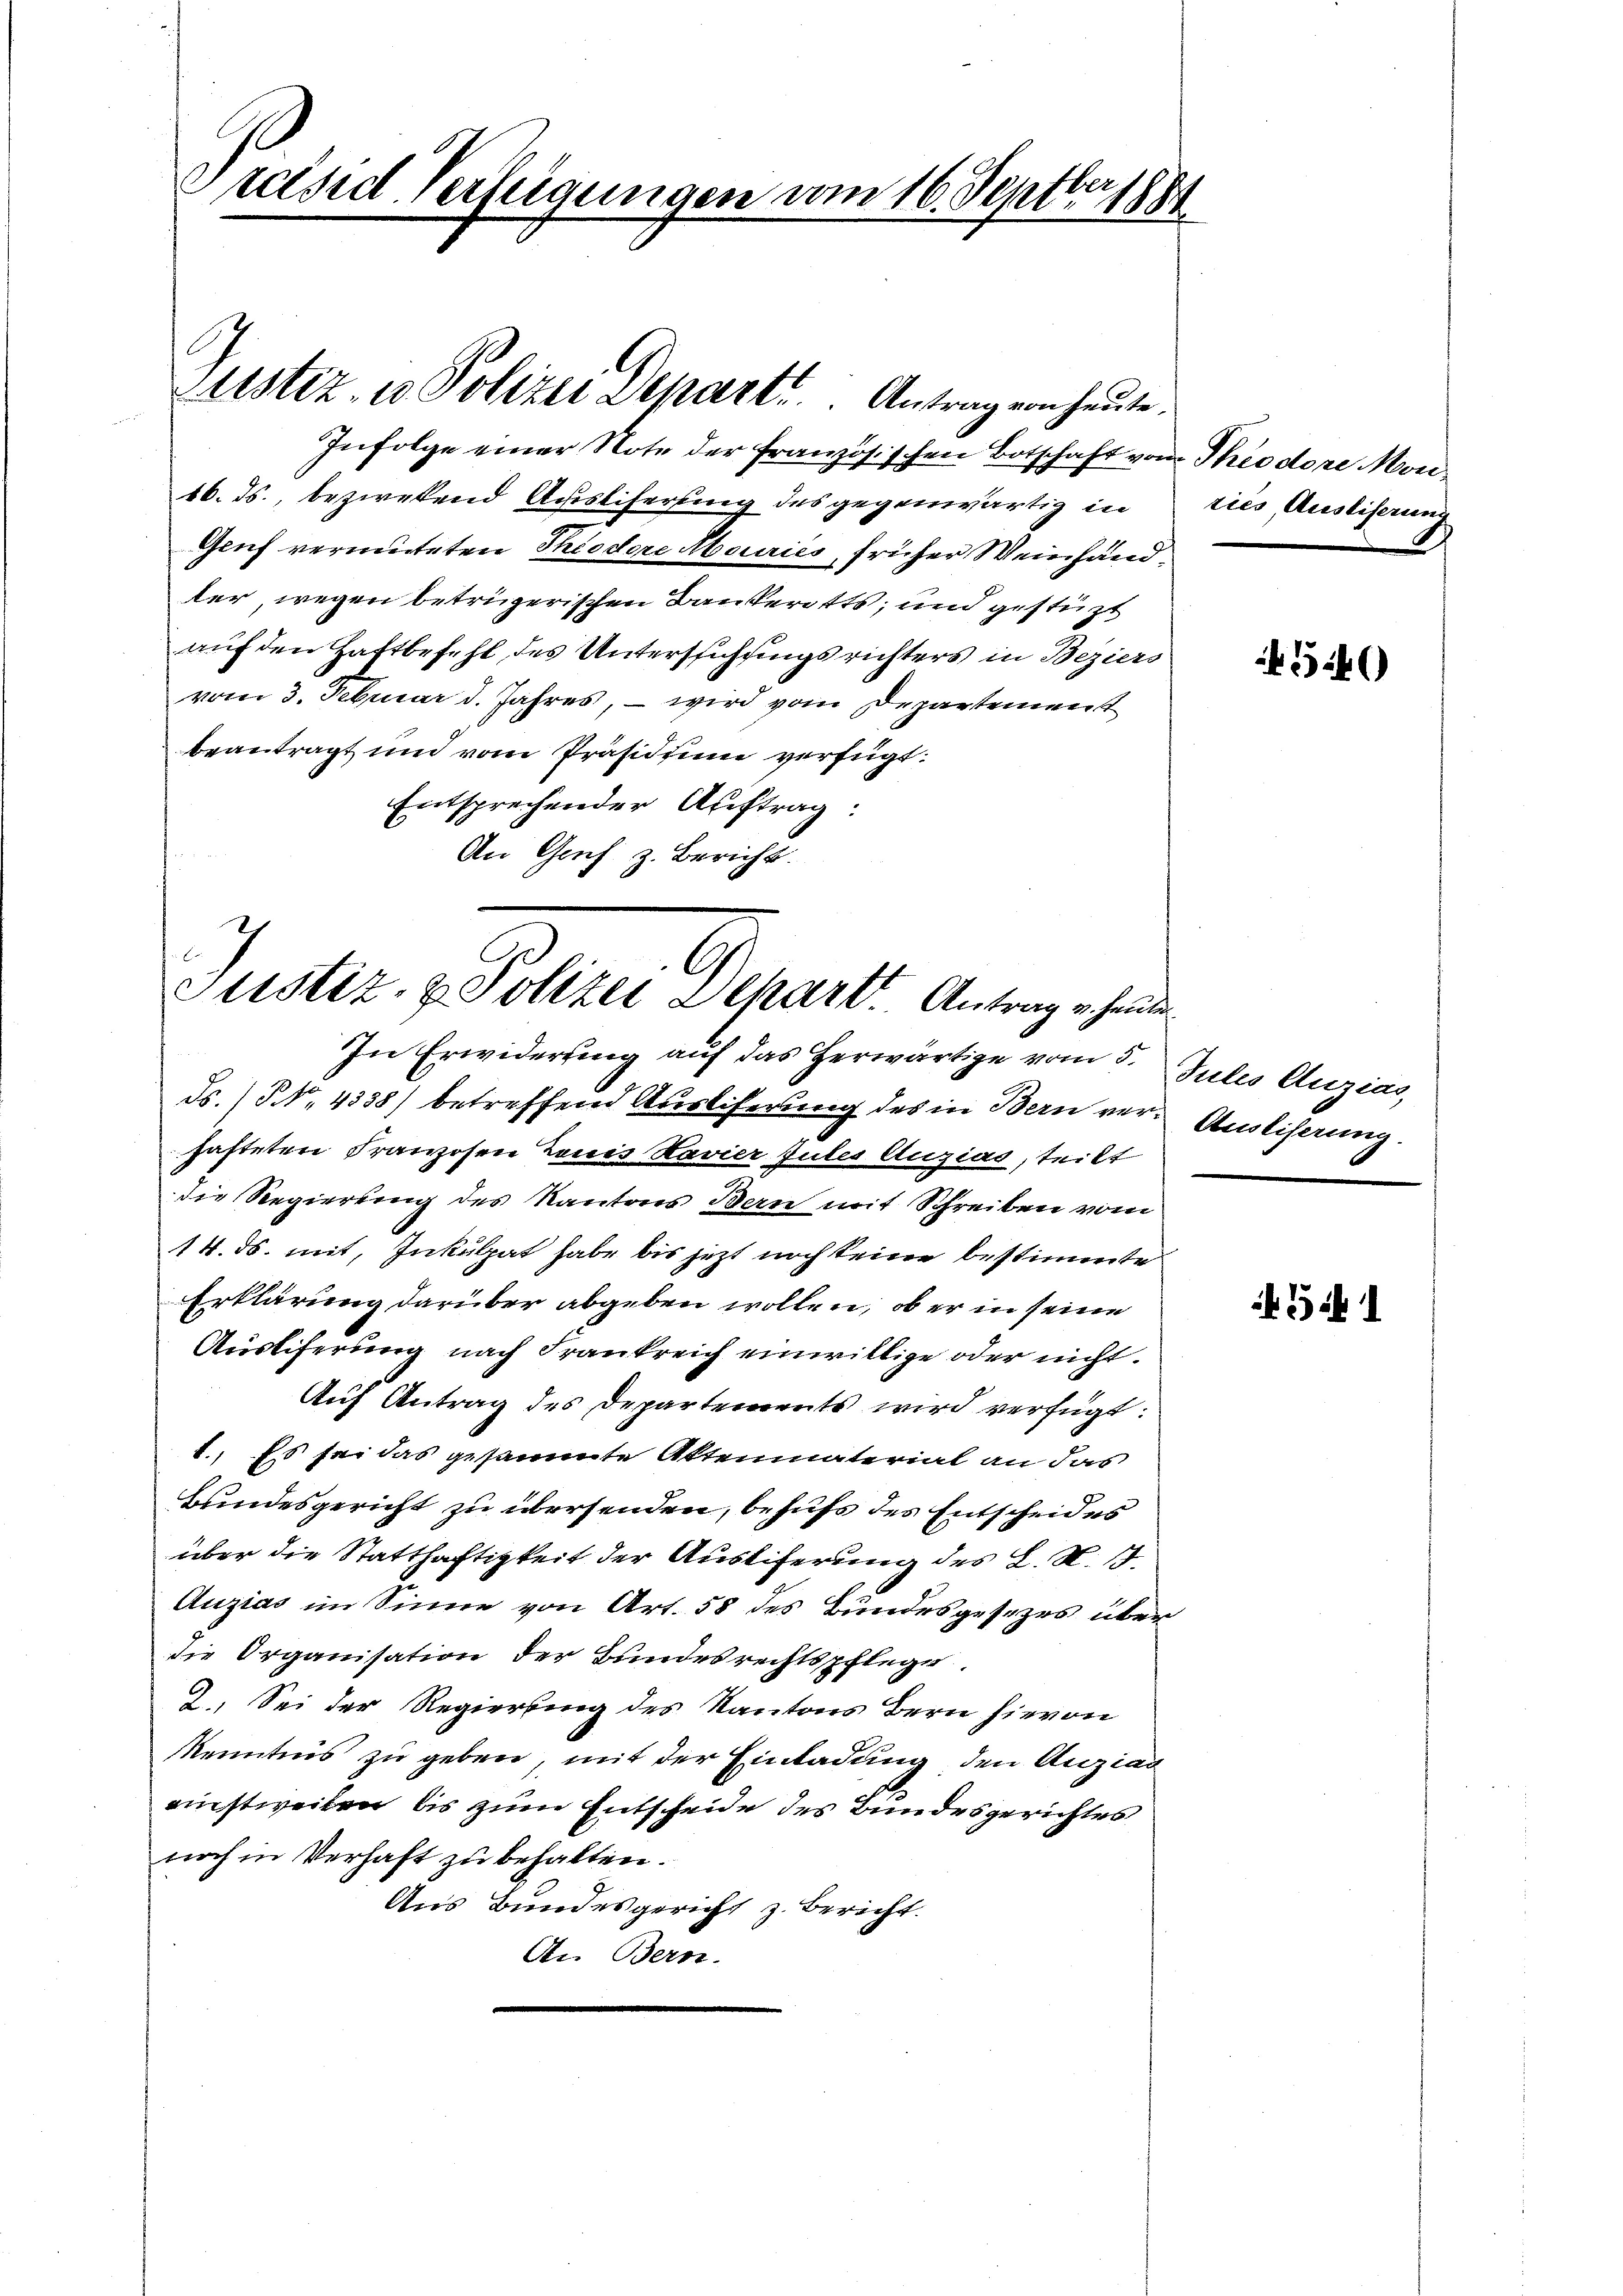
Preisid-Verfügungen vom 16. Septbr 1881

Infolge einer Note der französischen Botschaft vom Theodore Mon¬
16. ds., bezwekend Ausliferung des gegenwärtig in
Gruf vermuteten Theodore Abairies, früher Weinhändter wegen betrügerischen Bankerites; und gestüzt
auf den Haftbefehl, des Unterstichingsrichters in Beziers
vom 3. Februar d. Jahres, – wird vom Departement
beantragt und vom Präsidium verfügt:
Entsprechender Auftrag:
An Genf z. Bericht.

Justiz- u. Polizei Departe Antrag von heute.

C
Justiz- & Polizei Schart. Antrag u. heute
In Erwiderung auf das herwärtige vom 5.

ds. (NNo. 4338) betreffend Ausliferung des in Bern verhafteten Franzosen Laues Ravier Julis Augias, teilt
die Regierung des Kantons Bern mit Schreiben vom
14. ds. mit, Inkulpat habe bis jetzt noch keine bestimmte
Erklärung darüber abgeben wollen, ob er in seine
Ausliferung nach Frankreich einwillige oder nicht.
Auf Antrag des Departements wird verfügt:
1.) Es sei das gesammte Aktenmaterial an das
Bundesgericht zu übersenden, behufs des Entscheid es
über die Statthaftigkeit der Ausliferung des L. N. B.
Auzias im Sinne von Art. 58 des Bundesgesezes über
die Organisation der Bundesrechtspflege.
7. Sei der Regierung des Kantons Bern hievon
KKenntnis zu geben, mit der Einladung den Anzial
einstweilen bis zum Entscheide des Bundesgerichtes
noch in Verhaft zu behalten.
Aus Bundesgericht z. Bericht.
An Bern.

ries Ausliserung

546)

Julis Anzias,
Ausliserung

51